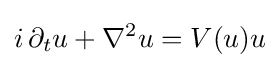
i\,\partial _{t}u+\nabla ^{2}u=V(u)u